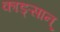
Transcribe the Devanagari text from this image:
काङ्सान्